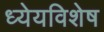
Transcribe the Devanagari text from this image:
ध्येयविशेष